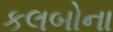
કલબોના